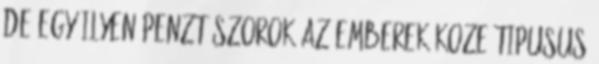
de egy ilyen penzt szorok az emberek koze tipusus